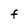
Character: F